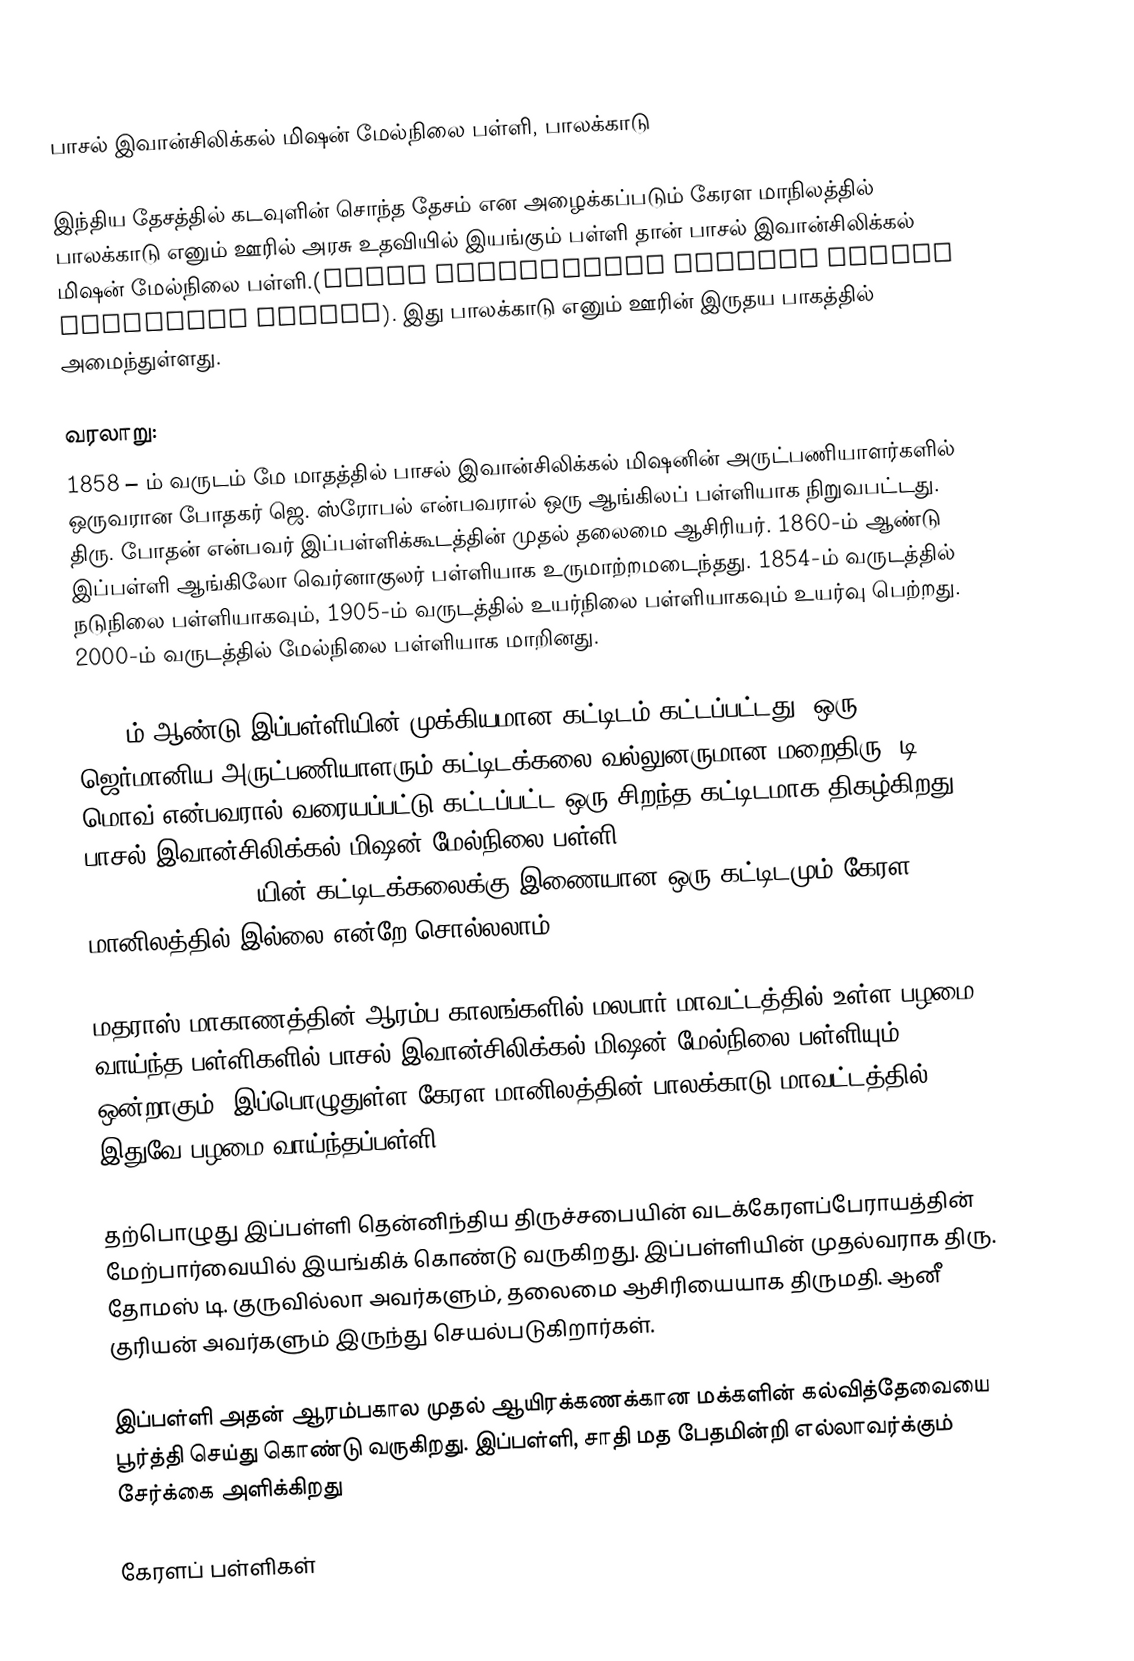
பாசல் இவான்சிலிக்கல் மிஷன் மேல்நிலை பள்ளி, பாலக்காடு

இந்திய தேசத்தில் கடவுளின் சொந்த தேசம் என அழைக்கப்படும் கேரள மாநிலத்தில் பாலக்காடு எனும் ஊரில் அரசு உதவியில் இயங்கும் பள்ளி தான் பாசல் இவான்சிலிக்கல் மிஷன் மேல்நிலை பள்ளி.(Basel Evangelical Mission Higher Secondary School). இது பாலக்காடு எனும் ஊரின் இருதய பாகத்தில் அமைந்துள்ளது.

வரலாறு:
1858 – ம் வருடம் மே மாதத்தில் பாசல் இவான்சிலிக்கல் மிஷனின் அருட்பணியாளர்களில் ஒருவரான போதகர் ஜெ. ஸ்ரோபல் என்பவரால் ஒரு ஆங்கிலப் பள்ளியாக நிறுவபட்டது. திரு. போதன் என்பவர் இப்பள்ளிக்கூடத்தின் முதல் தலைமை ஆசிரியர். 1860-ம் ஆண்டு இப்பள்ளி ஆங்கிலோ வெர்னாகுலர் பள்ளியாக உருமாற்றமடைந்தது. 1854-ம் வருடத்தில் நடுநிலை பள்ளியாகவும், 1905-ம் வருடத்தில் உயர்நிலை பள்ளியாகவும் உயர்வு பெற்றது. 2000-ம் வருடத்தில் மேல்நிலை பள்ளியாக மாறினது.

1910-ம் ஆண்டு இப்பள்ளியின் முக்கியமான கட்டிடம் கட்டப்பட்டது. ஒரு ஜெர்மானிய அருட்பணியாளரும் கட்டிடக்கலை வல்லுனருமான மறைதிரு. டி. மொவ் என்பவரால் வரையப்பட்டு கட்டப்பட்ட ஒரு சிறந்த கட்டிடமாக திகழ்கிறது. பாசல் இவான்சிலிக்கல் மிஷன் மேல்நிலை பள்ளி (Basel Evangelical Mission Higher Secondary School) யின் கட்டிடக்கலைக்கு இணையான ஒரு கட்டிடமும் கேரள மானிலத்தில் இல்லை என்றே சொல்லலாம்.

மதராஸ் மாகாணத்தின் ஆரம்ப காலங்களில் மலபார் மாவட்டத்தில் உள்ள பழமை வாய்ந்த பள்ளிகளில் பாசல் இவான்சிலிக்கல் மிஷன் மேல்நிலை பள்ளியும் ஒன்றாகும். இப்பொழுதுள்ள கேரள மானிலத்தின் பாலக்காடு மாவட்டத்தில் இதுவே பழமை வாய்ந்தப்பள்ளி.

தற்பொழுது இப்பள்ளி தென்னிந்திய திருச்சபையின் வடக்கேரளப்பேராயத்தின் மேற்பார்வையில் இயங்கிக் கொண்டு வருகிறது. இப்பள்ளியின் முதல்வராக திரு. தோமஸ் டி. குருவில்லா அவர்களும், தலைமை ஆசிரியையாக திருமதி. ஆனீ குரியன் அவர்களும் இருந்து செயல்படுகிறார்கள்.

இப்பள்ளி அதன் ஆரம்பகால முதல் ஆயிரக்கணக்கான மக்களின் கல்வித்தேவையை பூர்த்தி செய்து கொண்டு வருகிறது. இப்பள்ளி, சாதி மத பேதமின்றி எல்லாவர்க்கும் சேர்க்கை அளிக்கிறது

கேரளப் பள்ளிகள்